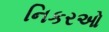
નિકરઓ